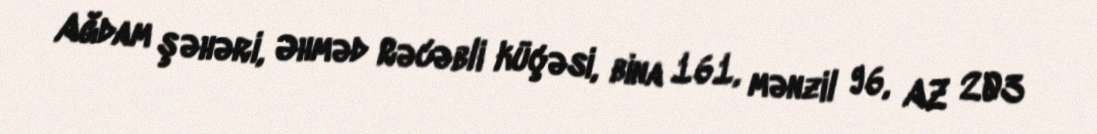
Ağdam şəhəri, Əhməd Rəcəbli küçəsi, bina 161, mənzil 96, AZ 203